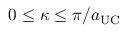
0 \leq \kappa \leq \pi / a _ { \mathrm { { U C } } }